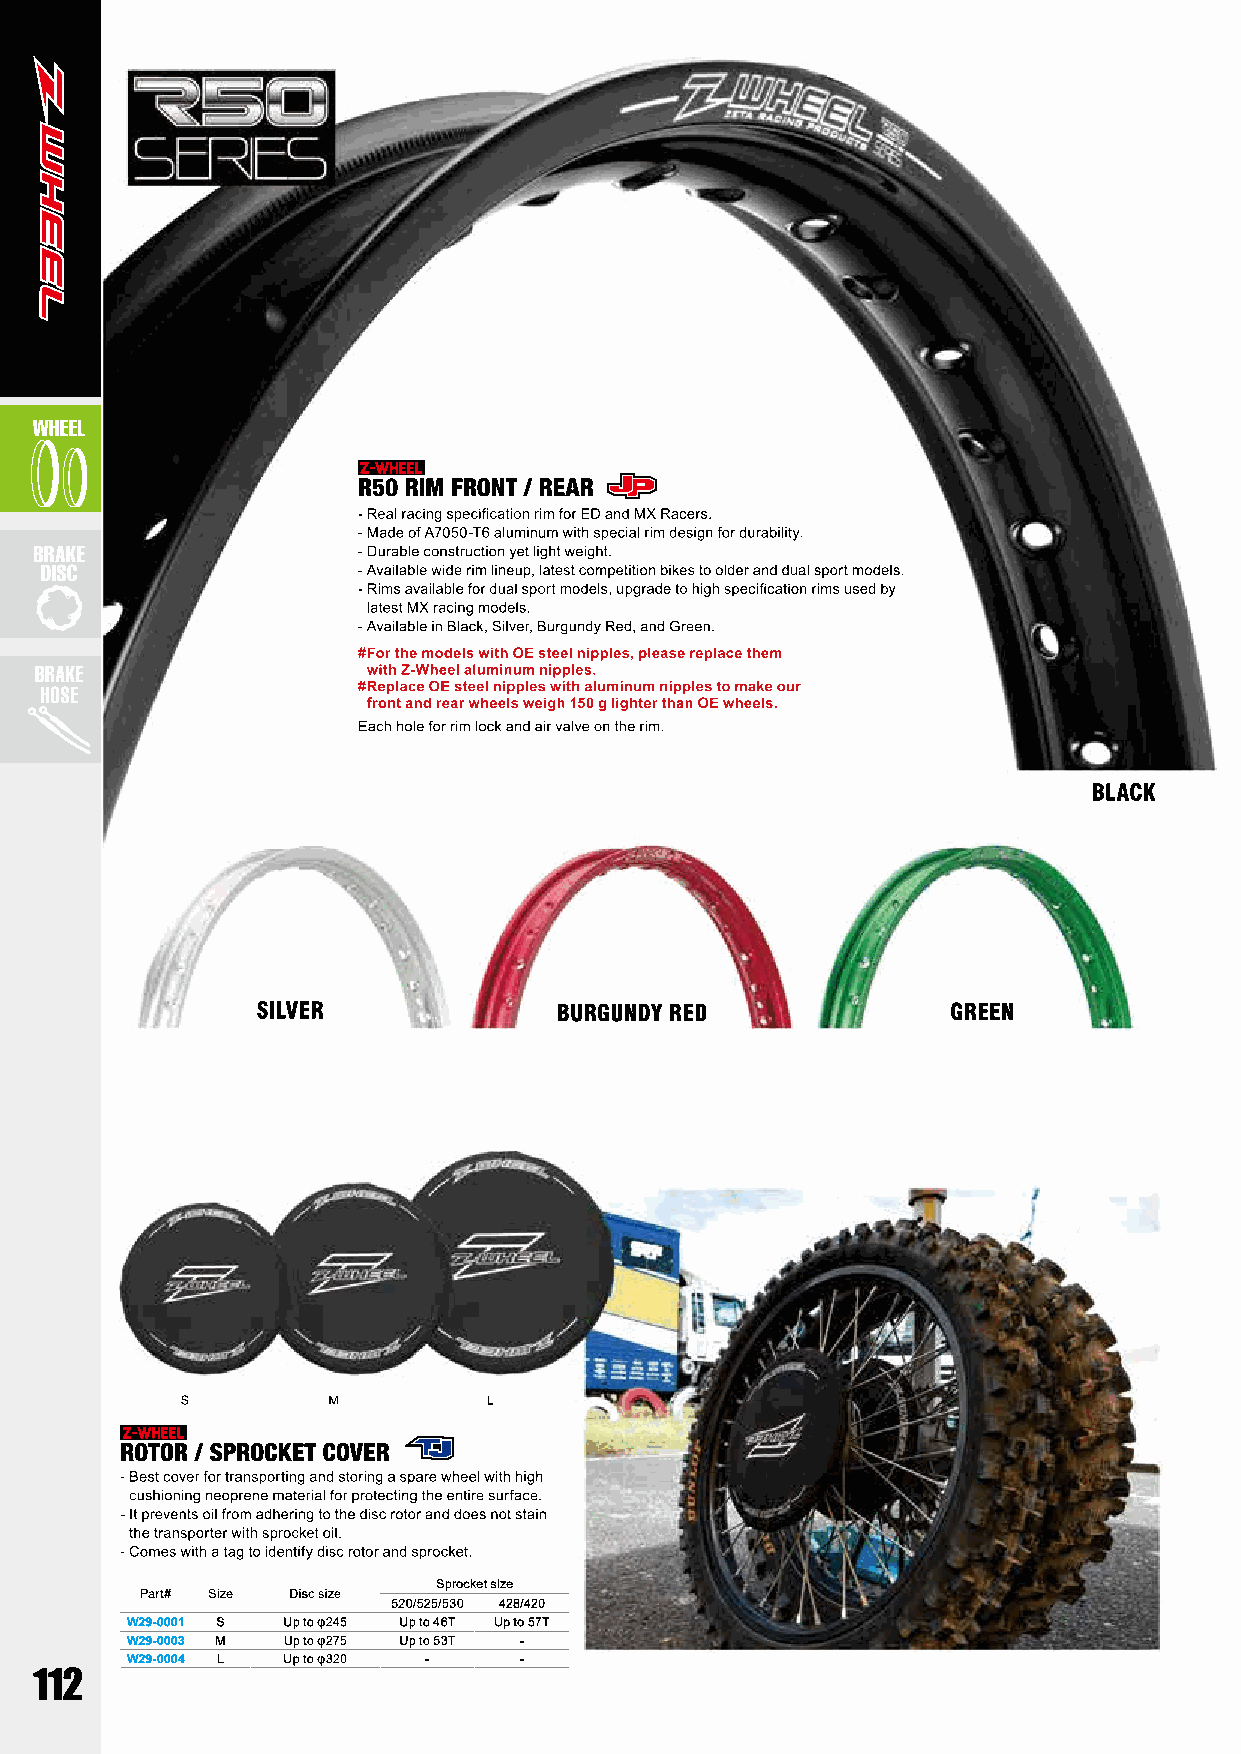
Sprocket size
 Part# Size Disc size
 520/525/530 428/420
 W29-0001 S Up to φ245 Up to 46T Up to 57T
 W29-0003 M Up to φ275 Up to 53T -
 W29-0004 L Up to φ320 -   -